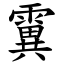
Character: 霬